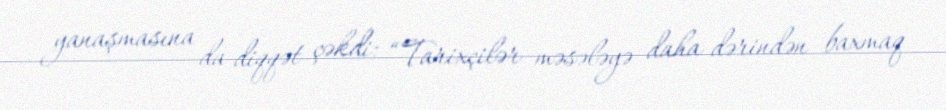
yanaşmasına da diqqət çəkdi: “Tarixçilər məsələyə daha dərindən baxmaq